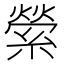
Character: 縈